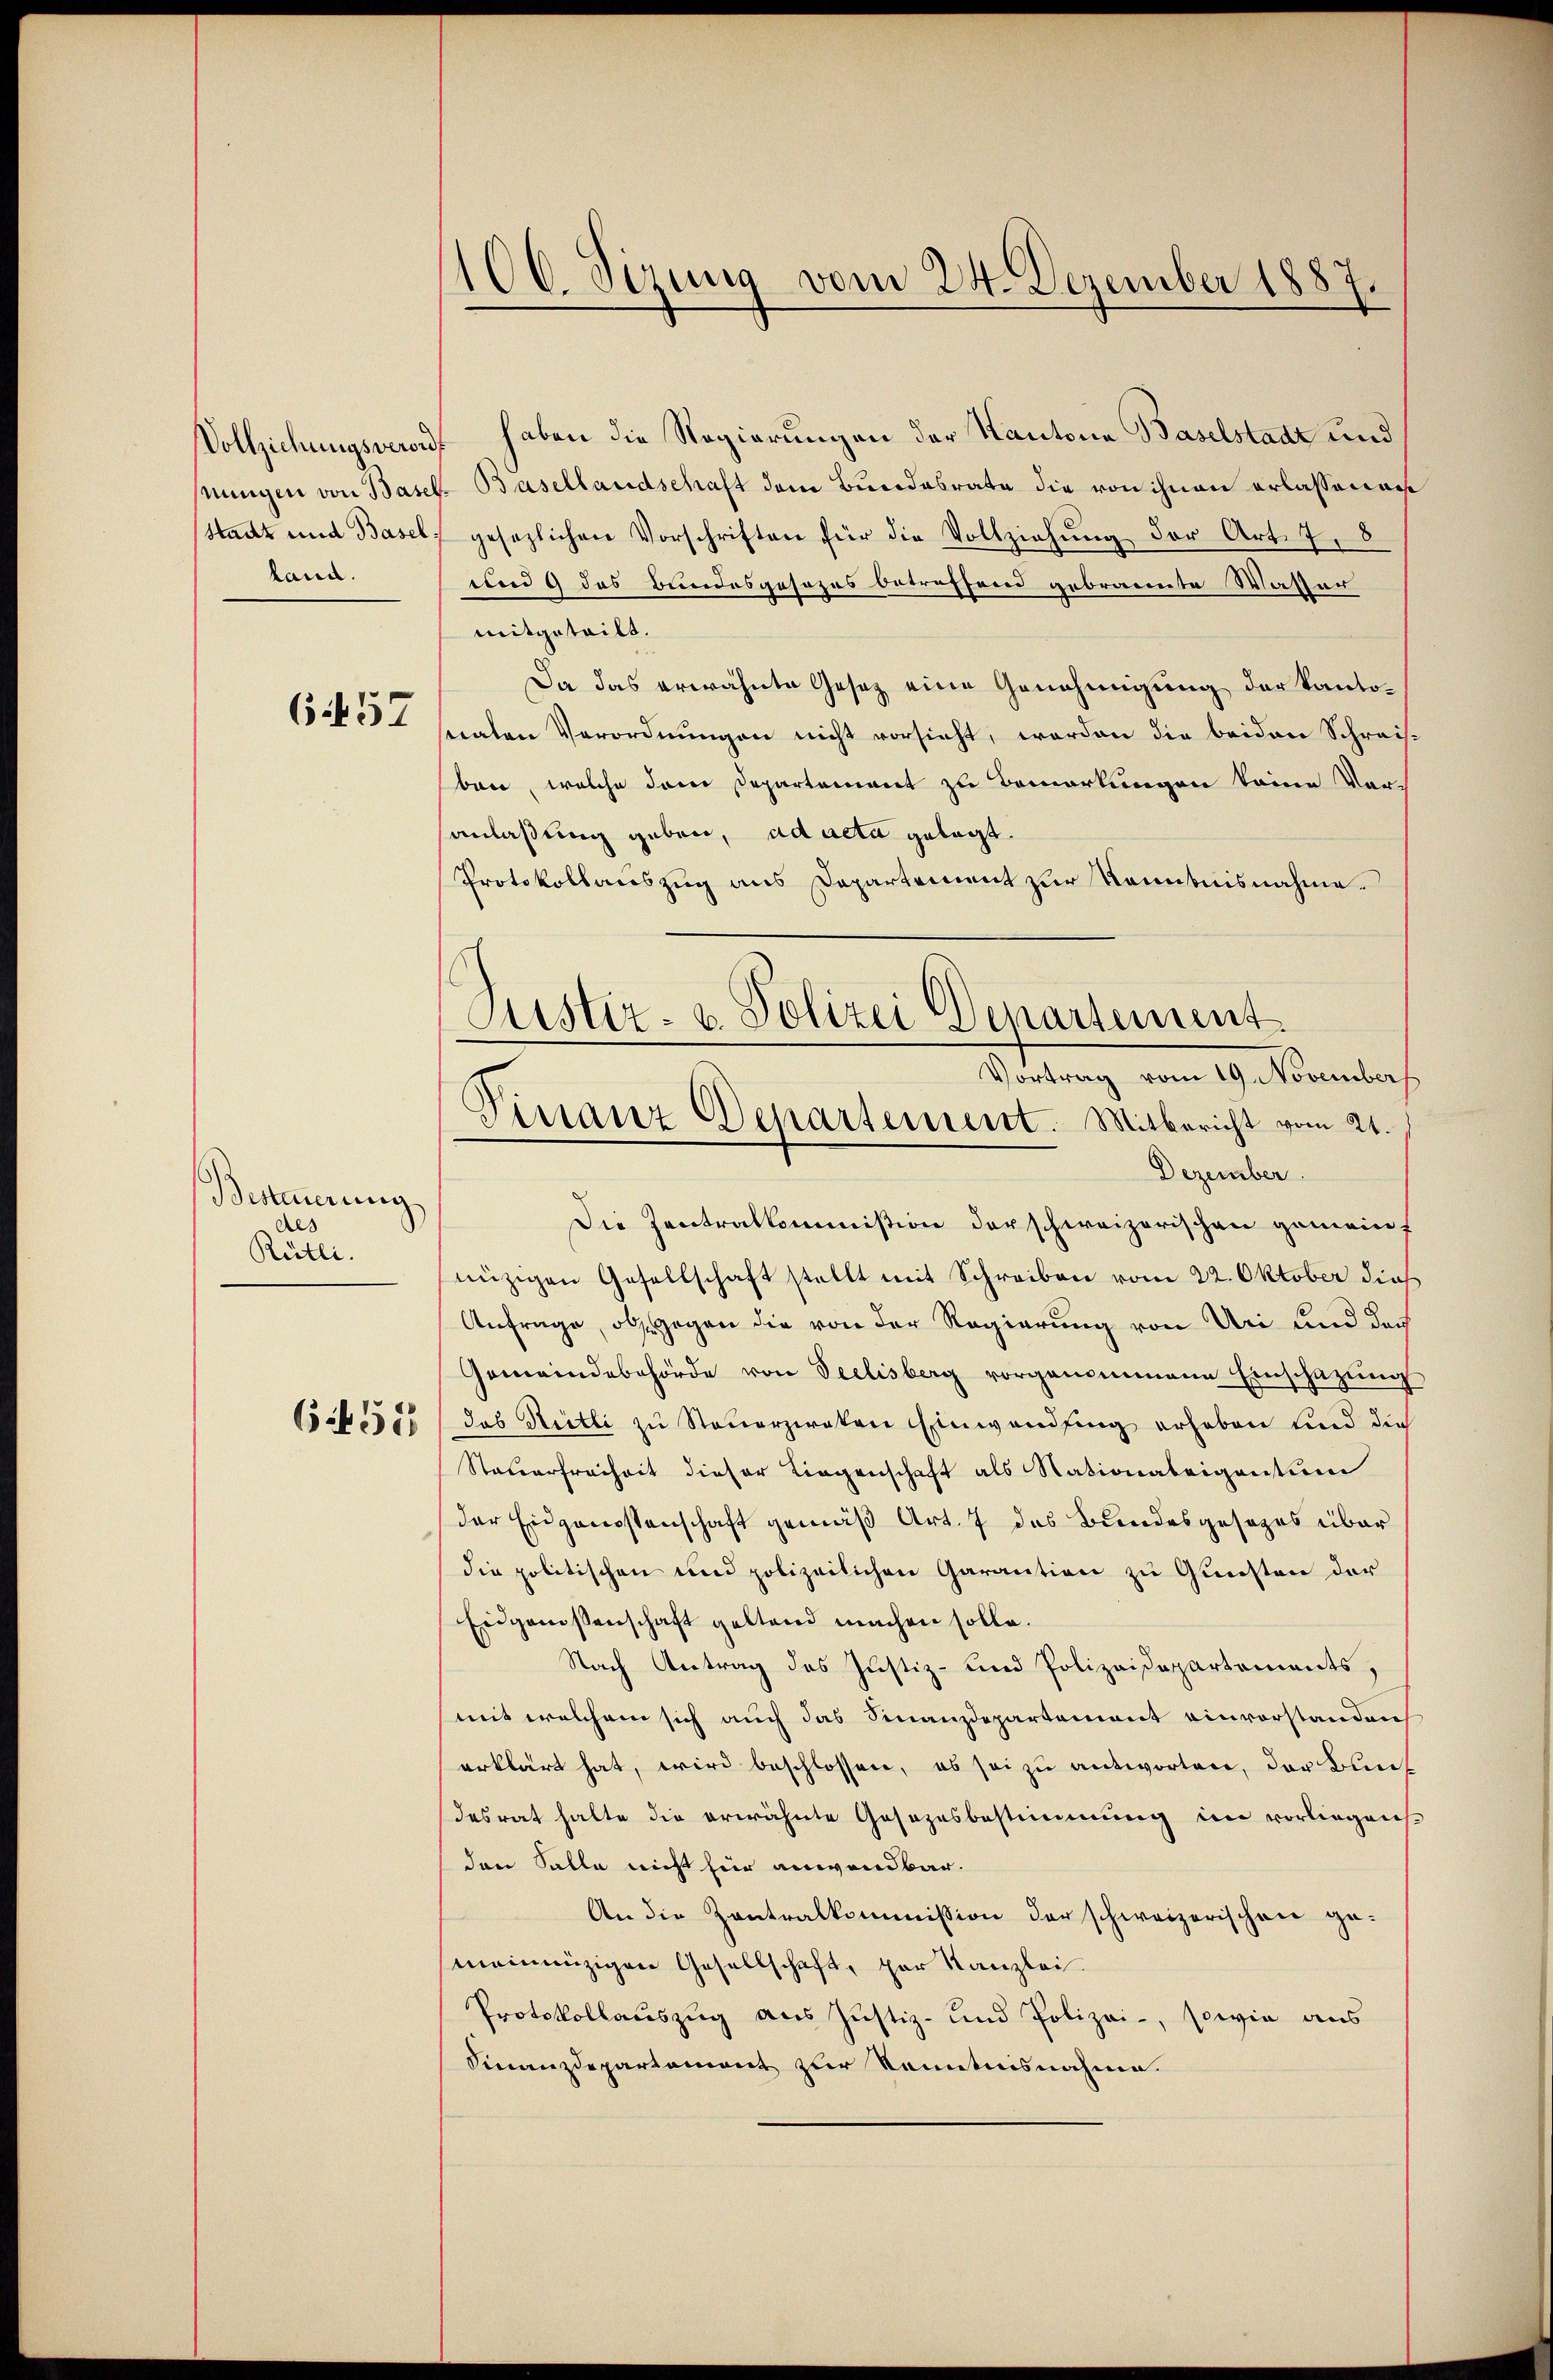
Vollziehungsverordnungen von Basel
Stadt und Basel.
land.

657

Bestierung
Al
Rütli.

6251

106. Sirung vom 24. Dezember 1887.

haben die Regierungen der Kantone Baselstadt und
Basellandschaft dem Bundesrate die von ihnen erlassenach
gesezlichen Vorschriften für die Vollziehung der Art. 7, 8
und 9 das Bundesgesezes betreffend gebrannte Wasser
mitgeteilt.
Da das erwähnte Gesetz eine Genehmigung der kantostaten Verordnungen nicht vorsieht, worden die beiden Schreisbon, welche den Departement zu bemerkungen keine Vor-
anlaßung geben, ad acta gelegt.
Protokollauszug aus Departement zur Kenntnisnahme.
Dezember
Die Zentralkommission der schweizerischen gemeint
nüzigen Gesellschaft stellt mit Schreiben vom 22. Oktober dies
Anfrage, ob gegen die von der Regierung von Uri und doch
Gemeindebehörde von Seelisberg vorgenommene Einschazung
das Nietli zu Steuerziaten Einwandlung erheben und die
Steuerfreiheit dieser Liegenschaft als Nationaleigentum
der Eidgenossenschaft gemäß Art. 7 des Bundesgesezes über
die politischen und polizeilichen Garantion zu Gunsten der
Eidgenossenschaft geltend machen solle.
Nach Antrag des Justiz- und Polizeisepartements,
mit welchem sich auch das Finanzdepartement einvorstanden
erklärt hat, wird beschlossen, es sei zu antworten, der Bundesrat halte die erwähnte Gesezesbestimmung im vorliegens.
den Salle nicht für anwendbar.
An die Zentralkommission der schweizerischen ge-
meinanzigen Gesellschaft, par Kanzlei.
Protokollauszug aus Justiz- und Polizei-, sowie aus
Finanzdepartement zur Kenntnisnahme.

Justiz- u. Polizei Departement.
Vortrag vom 19. November
Finanz Departement. Mitbericht vom 21.